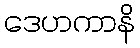
ဒေဟကာနိ